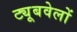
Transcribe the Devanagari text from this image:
ट्यूबवेलों